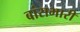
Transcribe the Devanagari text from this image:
बांसभारी